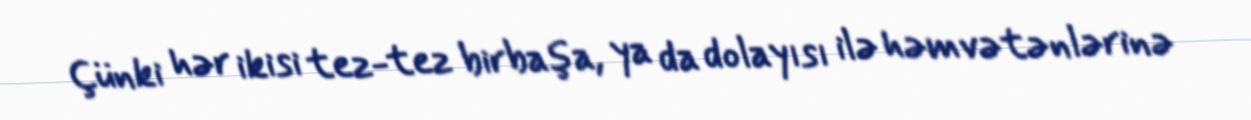
Çünki hər ikisi tez-tez birbaşa, ya da dolayısı ilə həmvətənlərinə